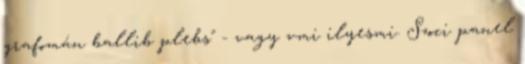
grafomán ballib plebs" - vagy vmi ilyesmi. Szoci panel